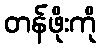
တန်ဖိုးကို